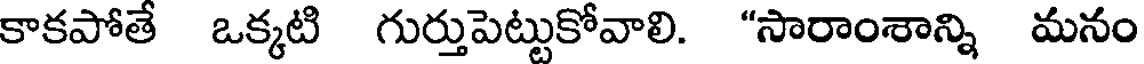
కాకపోతే ఒక్కటి గుర్తుపెట్టుకోవాలి. "సారాంశాన్ని మనం